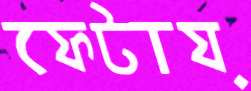
ফেটায়